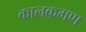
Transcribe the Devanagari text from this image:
कालक्रमण